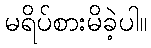
မရိပ်စားမိခဲ့ပါ။